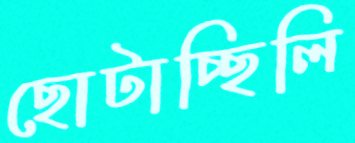
ছোটাচ্ছিলি